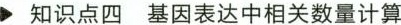
知识点四基因表达中相关数量计算